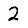
Digit: 2